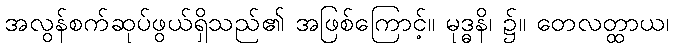
အလွန်စက်ဆုပ်ဖွယ်ရှိသည်၏ အဖြစ်ကြောင့်။ မုဒ္ဓနိ၊ ၌။ တေလတ္ထာယ၊